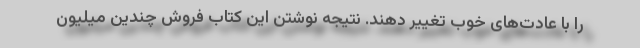
را با عادت‌های خوب تغییر دهند. نتیجه نوشتن این کتاب فروش چندین میلیون